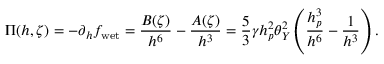
\Pi ( h , \zeta ) = - \partial _ { h } f _ { \mathrm { w e t } } = \frac { B ( \zeta ) } { h ^ { 6 } } - \frac { A ( \zeta ) } { h ^ { 3 } } = \frac { 5 } { 3 } \gamma h _ { p } ^ { 2 } \theta _ { Y } ^ { 2 } \left( \frac { h _ { p } ^ { 3 } } { h ^ { 6 } } - \frac { 1 } { h ^ { 3 } } \right) .